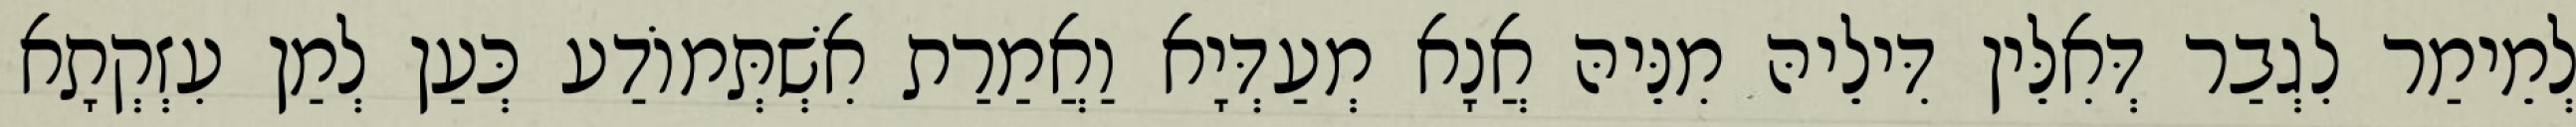
לְמֵימַר לִגְבַר דְּאִלֵּין דִּילֵיהּ מִנֵּיהּ אֲנָא מְעַדְּיָא וַאֲמַרַת אִשְׁתְּמוֹדַע כְּעַן לְמַן עִזְקְתָא